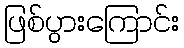
ဖြစ်ပွားကြောင်း